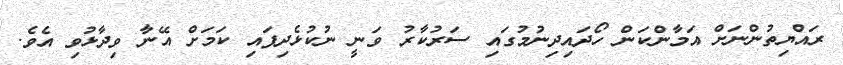
ރައްޔިތުންނަށް އަމާންކަން ހޯދައިދިނުމުގައި ސަރުކާރު ވަނީ ނުކުޅެދިފައި ކަމަށް އޭނާ ވިދާޅުވި އެވެ.